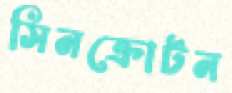
সিনক্রোটন